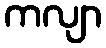
ကလျာ